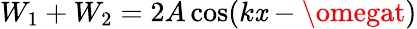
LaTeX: W_{1}+W_{2}=2A\cos(k\mathit{x}-\omegat)